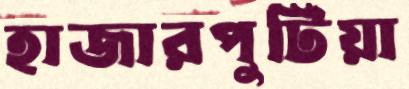
হাজারপুটিয়া